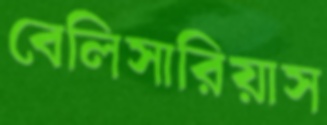
বেলিসারিয়াস